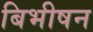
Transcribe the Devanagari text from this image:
बिभीषन